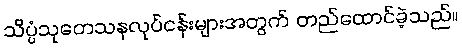
သိပ္ပံသုတေသနလုပ်ငန်းများအတွက် တည်ထောင်ခဲ့သည်။